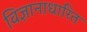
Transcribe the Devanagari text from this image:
विज्ञानाधारित